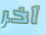
آخر